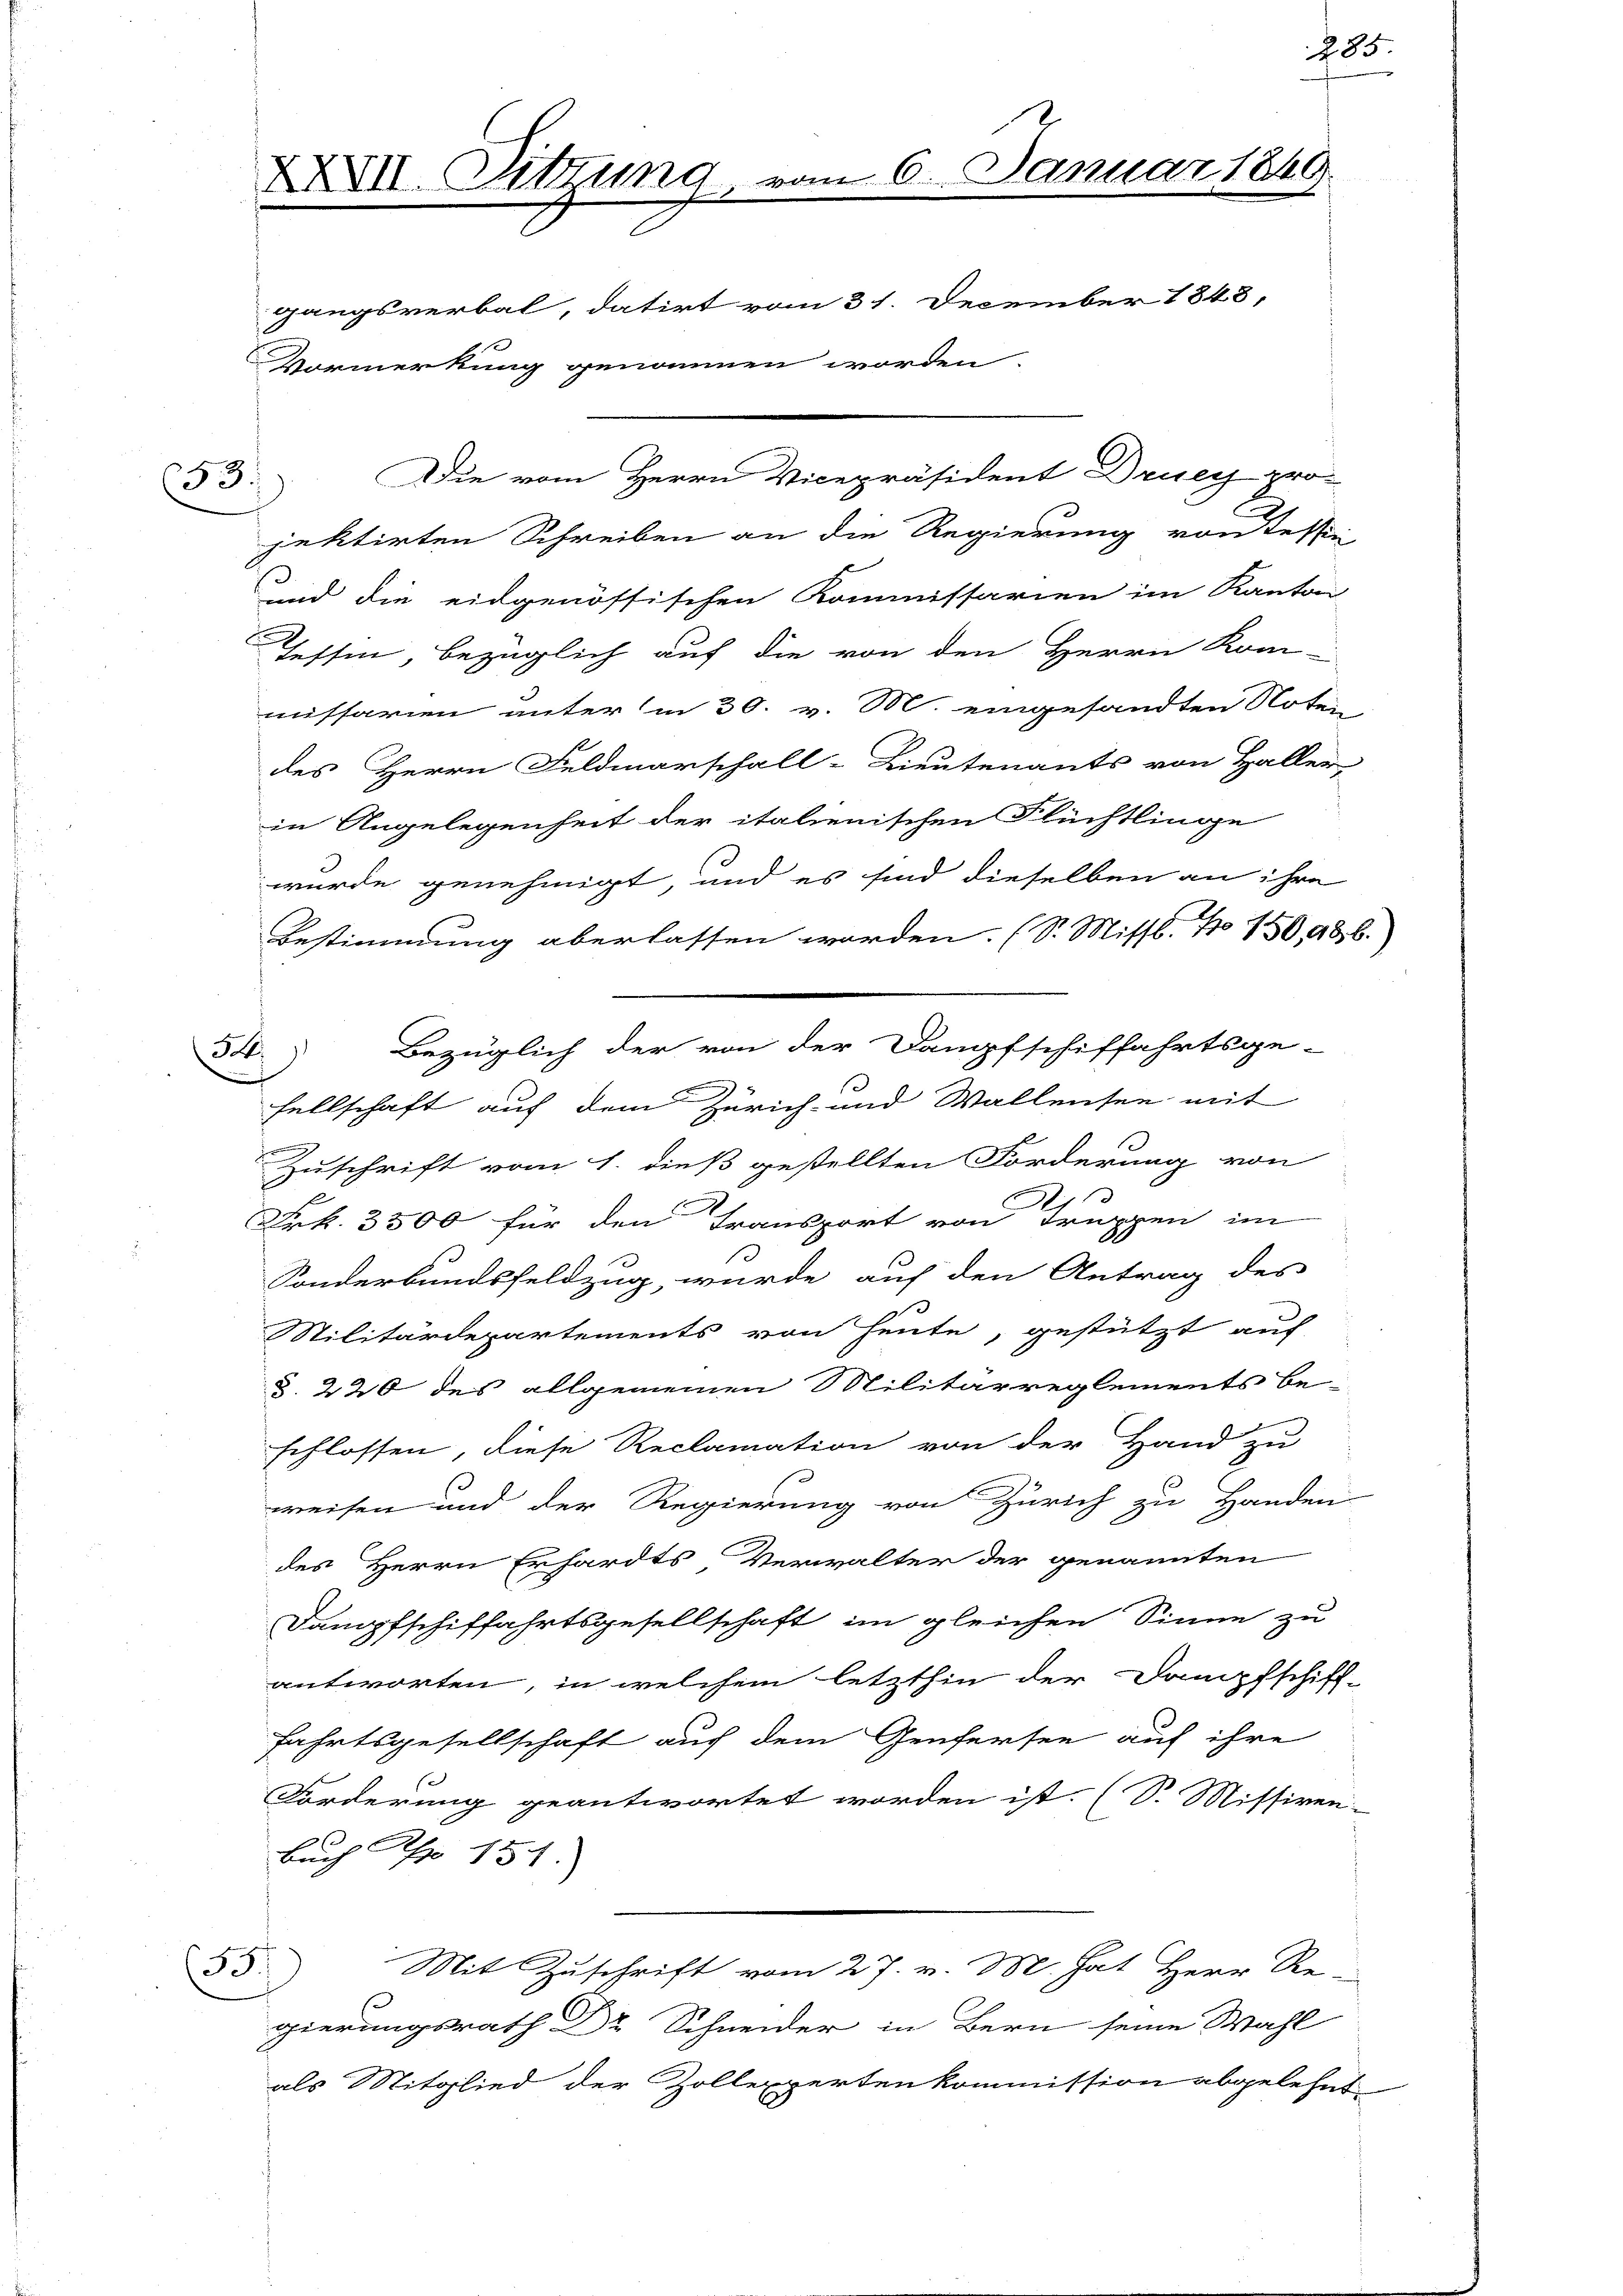
53.

Die vom Herrn Vicepräsident Drueg pro-
jektirten Schreiben an die Regierung von Tessin
ind die eidgenössischen Kommissarien im Kanton
Tessin, bezüglich auf die von den Herrn Kom-
missarien unter in 30. v. M. eingesandten Not-
des Herrn Feldmarschall-Lieutenants von Haller
in Angelegenheit der italienischen Flüchtlinge
wurde genehmigt, und es sind dieselben an ihre
Bestimmung aberlassen worden. (S. Missl. No 159, 986.
5
sellschaft auf dem Zürich- und Wallensee mit
.
Zuschrift vom 1. dieß gestellten Forderung von
Frk. 3500 für den Transport von Truppen im
Sonderbundsfeldzug, wurde auf den Antrag des
Militärdepartements von heute, gestützt auf
§. 220 des allgemeinen Militärreglements be-
schlossen, diese Reclamation von der Hand zu
weisen und der Regierung von Zürich zu Handen
des Herrn Erhardts, Verwalter der genannten
Dampfschiffahrtsgesellschaft im gleichen Sinne zu
antworten, in welchem letzthin der Dampfschitz
fahrtsgesellschaft auf dem Genfersee auf ihre
Forderung geantwortet worden ist. (S. Missiven
ang
Buch Appo 154.
(35.
Mit Zuschrift vom 27. v. M. hat Herr Re-
gierungsrath Dr Schneider in Bern seine Wahl
als Mitglied der Zollexpertenkommission abgelehnt,

XXVII. Sitzung vom 6. Januar 1840.
gangsverbal, datirt vom 31. December 1848,
Vormerkung genommen worden.

n

3. Bezüglich der von der Dampfschiffahrtsge-

285.

n

d

.

a
f

9.

2